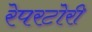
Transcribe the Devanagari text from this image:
रेपरटोरी